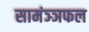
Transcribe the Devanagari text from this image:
सामंञ्ञफल